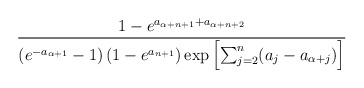
\begin{align*}\frac{1 - e^{a_{\alpha + n+1}+a_{\alpha+n+2}}}{\left(e^{-a_{\alpha +1}} - 1 \right) \left( 1 - e^{a_{n+1}} \right) \exp \left[ \sum_{j=2}^n (a_j - a_{\alpha+j}) \right]}\end{align*}